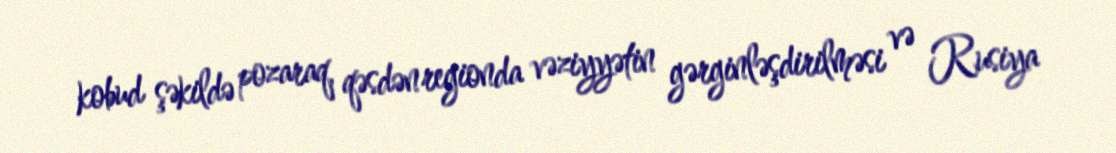
kobud şəkildə pozaraq, qəsdən regionda vəziyyətin gərginləşdirilməsi və Rusiya